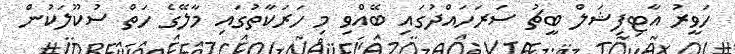
ހަވީރު އާޓިފިޝަލް ބީޗު ސަރަހައްދުގައި ބޭއްވި މި ހަރަކާތުގައި މާލޭގެ ހަތް ސުކޫލަކުން